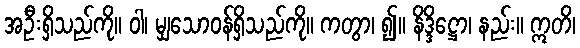
အဦးရှိသည်ကို။ ဝါ၊ မျှသောဝန်ရှိသည်ကို။ ကတွာ၊ ၍။ နိဒ္ဒိဋ္ဌော၊ နည်း။ ဣတိ၊